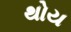
થોય